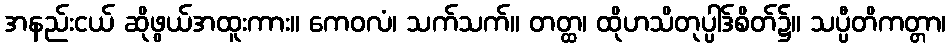
အနည်းငယ် ဆိုဖွယ်အထူးကား။ ကေဝလံ၊ သက်သက်။ တတ္ထ၊ ထိုဟသိတုပ္ပါဒ်စိတ်၌။ သပ္ပီတိကတ္တာ၊